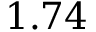
1 . 7 4